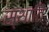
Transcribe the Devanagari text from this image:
स्थाति